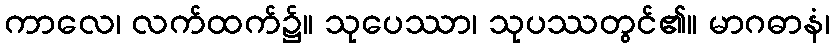
ကာလေ၊ လက်ထက်၌။ သုပေဿာ၊ သုပဿတွင်၏။ မာဂဓာနံ၊